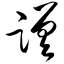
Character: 蹉